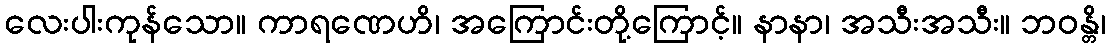
လေးပါးကုန်သော။ ကာရဏေဟိ၊ အကြောင်းတို့ကြောင့်။ နာနာ၊ အသီးအသီး။ ဘဝန္တိ၊